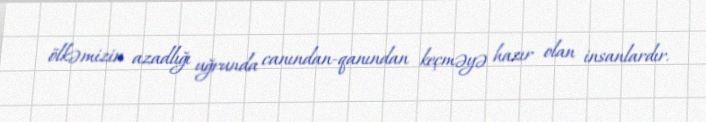
ölkəmizin azadlığı uğrunda canından-qanından keçməyə hazır olan insanlardır.